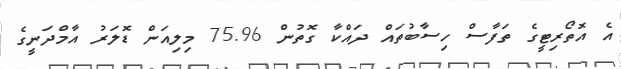
އެ އޮތޯރިޓީގެ ތަފާސް ހިސާބުތައް ދައްކާ ގޮތުން 75.96 މިލިއަން ޑޮލަރު އާމްދަނީގެ